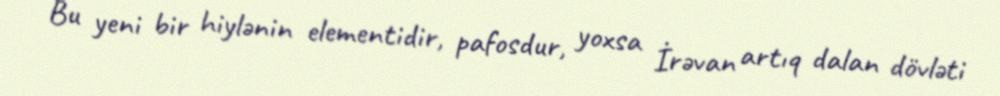
Bu yeni bir hiylənin elementidir, pafosdur, yoxsa İrəvan artıq dalan dövləti